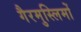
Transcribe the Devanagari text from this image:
गैरमुस्लिमों